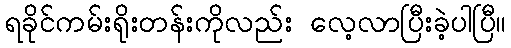
ရခိုင်ကမ်းရိုးတန်းကိုလည်း လေ့လာပြီးခဲ့ပါပြီ။